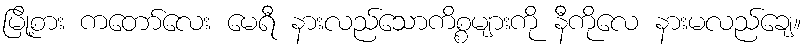
မြို့စား ကတော်လေး မေရီ နားလည်သောကိစ္စများကို နီကိုလေ နားမလည်ချေ။